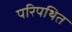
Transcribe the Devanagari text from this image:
परिपथित